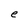
Character: e